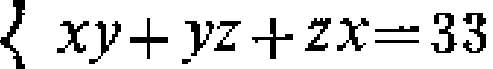
\(xy + yz + zx = 33\)